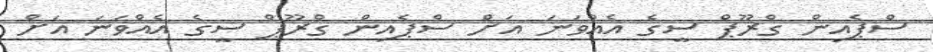
ސްޕެއިން ގްރޫޕް ސީގެ އެއްވަނަ އަށް ސްޕެއިން ގްރޫޕް ސީގެ އެއްވަނަ އަށް